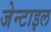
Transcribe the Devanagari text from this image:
जेन्टाइल